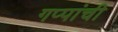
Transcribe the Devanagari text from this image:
गप्पांची